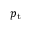
{ p _ { \mathrm { t } } }